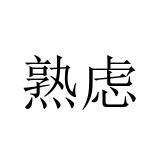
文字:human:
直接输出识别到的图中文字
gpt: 熟虑